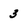
Character: 3